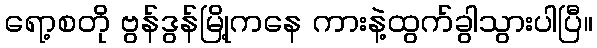
ရော့စတို ဗွန်ဒွန်မြို့ကနေ ကားနဲ့ထွက်ခွါသွားပါပြီ။